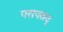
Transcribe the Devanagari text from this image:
परापतद्